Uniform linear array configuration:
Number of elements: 8
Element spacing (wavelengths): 0.5
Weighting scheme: cosine
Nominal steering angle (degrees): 15
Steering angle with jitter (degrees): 13.292
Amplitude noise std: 0.05
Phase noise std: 0.05

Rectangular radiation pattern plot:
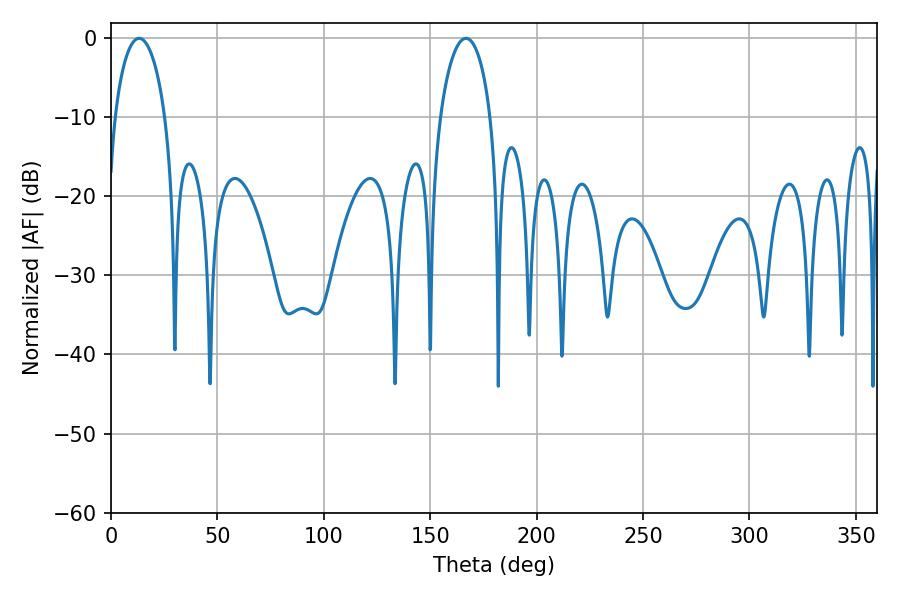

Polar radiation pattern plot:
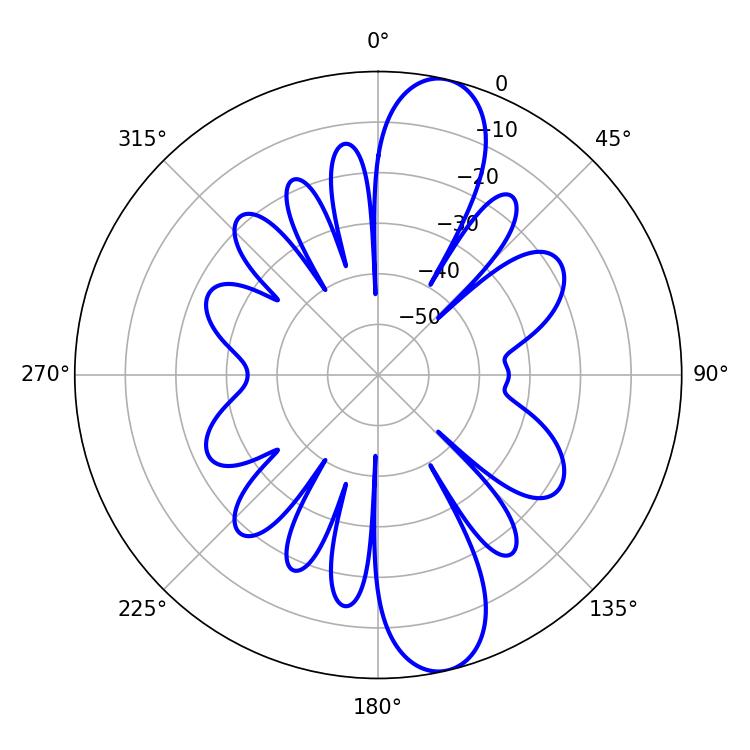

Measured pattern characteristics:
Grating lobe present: FALSE
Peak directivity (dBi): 12.342
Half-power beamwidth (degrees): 13.68
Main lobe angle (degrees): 13.14